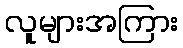
လူများအကြား